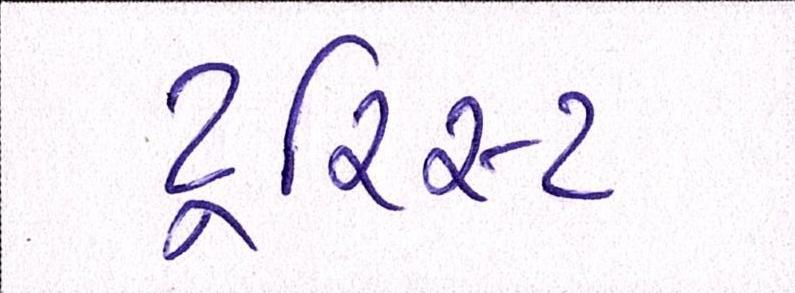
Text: ટૂરિસ્ટ